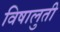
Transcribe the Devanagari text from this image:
विषालुती